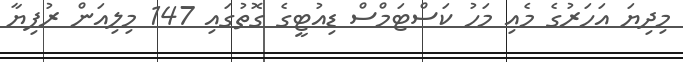
މިދިޔަ އަހަރުގެ މެއި މަހު ކަސްޓަމްސް ޑިއުޓީގެ ގޮތުގައި 147 މިލިއަން ރުފިޔާ